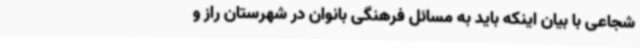
شجاعی با بیان اینکه باید به مسائل فرهنگی بانوان در شهرستان راز و